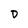
Character: 0